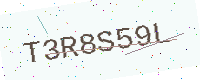
Text: T3R8S59L